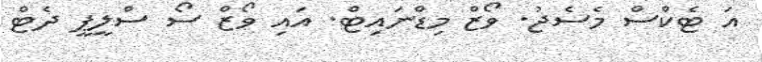
އަ ޓެކްސް މެސެޖު. ވޯޒް މިޑްނައިޓް. އައި ވޯޒް ސޯ ސްލީޕީ ދެޓް